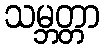
သမ္ဘတ္တာ